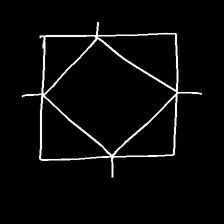
Glyph: light